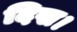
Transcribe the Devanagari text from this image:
दिख।